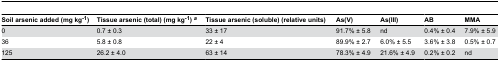
| Soil arsenic added (mg kg-1) | Tissue arsenic (total) (mg kg-1) a | Tissue arsenic (soluble) (relative units) | As(V) | As(III) | AB | MMA |
 | --- | --- | --- | --- | --- | --- | --- |
 | 0 | 0.7 ± 0.3 | 33 ± 17 | 91.7% ± 5.8 | nd | 0.4% ± 0.4 | 7.9% ± 5.9 |
 | 36 | 5.8 ± 0.8 | 22 ± 4 | 89.9% ± 2.7 | 6.0% ± 5.5 | 3.6% ± 3.8 | 0.5% ± 0.7 |
 | 125 | 26.2 ± 4.0 | 63 ± 14 | 78.3% ± 4.9 | 21.6% ± 4.9 | 0.2% ± 0.2 | nd |